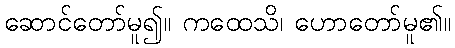
ဆောင်တော်မူ၍။ ကထေသိ၊ ဟောတော်မူ၏။